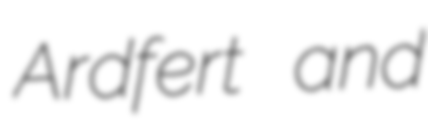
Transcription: Ardfert and